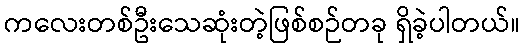
ကလေးတစ်ဦးသေဆုံးတဲ့ဖြစ်စဉ်တခု ရှိခဲ့ပါတယ်။